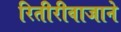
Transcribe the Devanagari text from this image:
रितीरीवाजाने